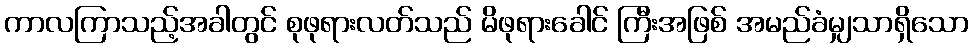
ကာလကြာသည့်အခါတွင် စုဖုရားလတ်သည် မိဖုရားခေါင် ကြီးအဖြစ် အမည်ခံမျှသာရှိသော